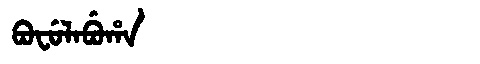
Manchu: ᠪᠣᠸᡠᠯᠠᠪᡠᡥᠠ
Romanization: BOFULABUHA